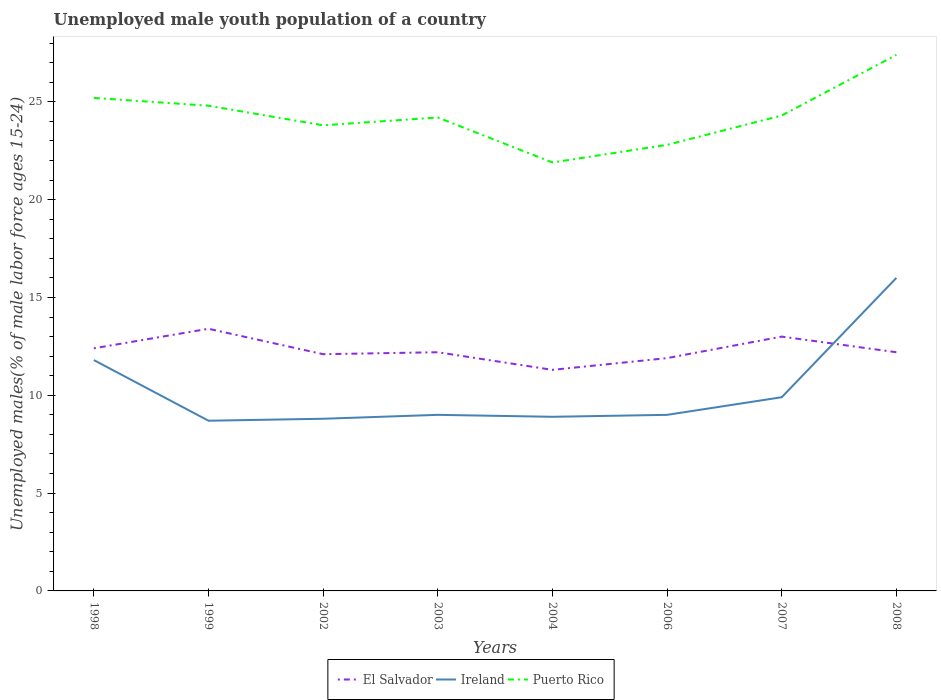
| Years | El Salvador | Ireland | Puerto Rico |
 | --- | --- | --- | --- |
 | 1998 | 12.4 | 11.8 | 25.2 |
 | 1999 | 13.4 | 8.7 | 24.8 |
 | 2002 | 12.1 | 8.8 | 23.8 |
 | 2003 | 12.2 | 9 | 24.2 |
 | 2004 | 11.3 | 8.9 | 21.9 |
 | 2006 | 11.9 | 9 | 22.8 |
 | 2007 | 13 | 9.9 | 24.3 |
 | 2008 | 12.2 | 16 | 27.4 |